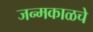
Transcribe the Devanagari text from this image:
जन्मकाळचे